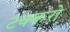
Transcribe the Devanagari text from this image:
टक्करो